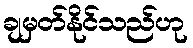
ချမှတ်နိုင်သည်ဟု